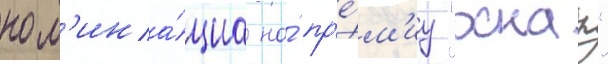
ном'ина́циа на́ пр'е́м'иу "оскар"